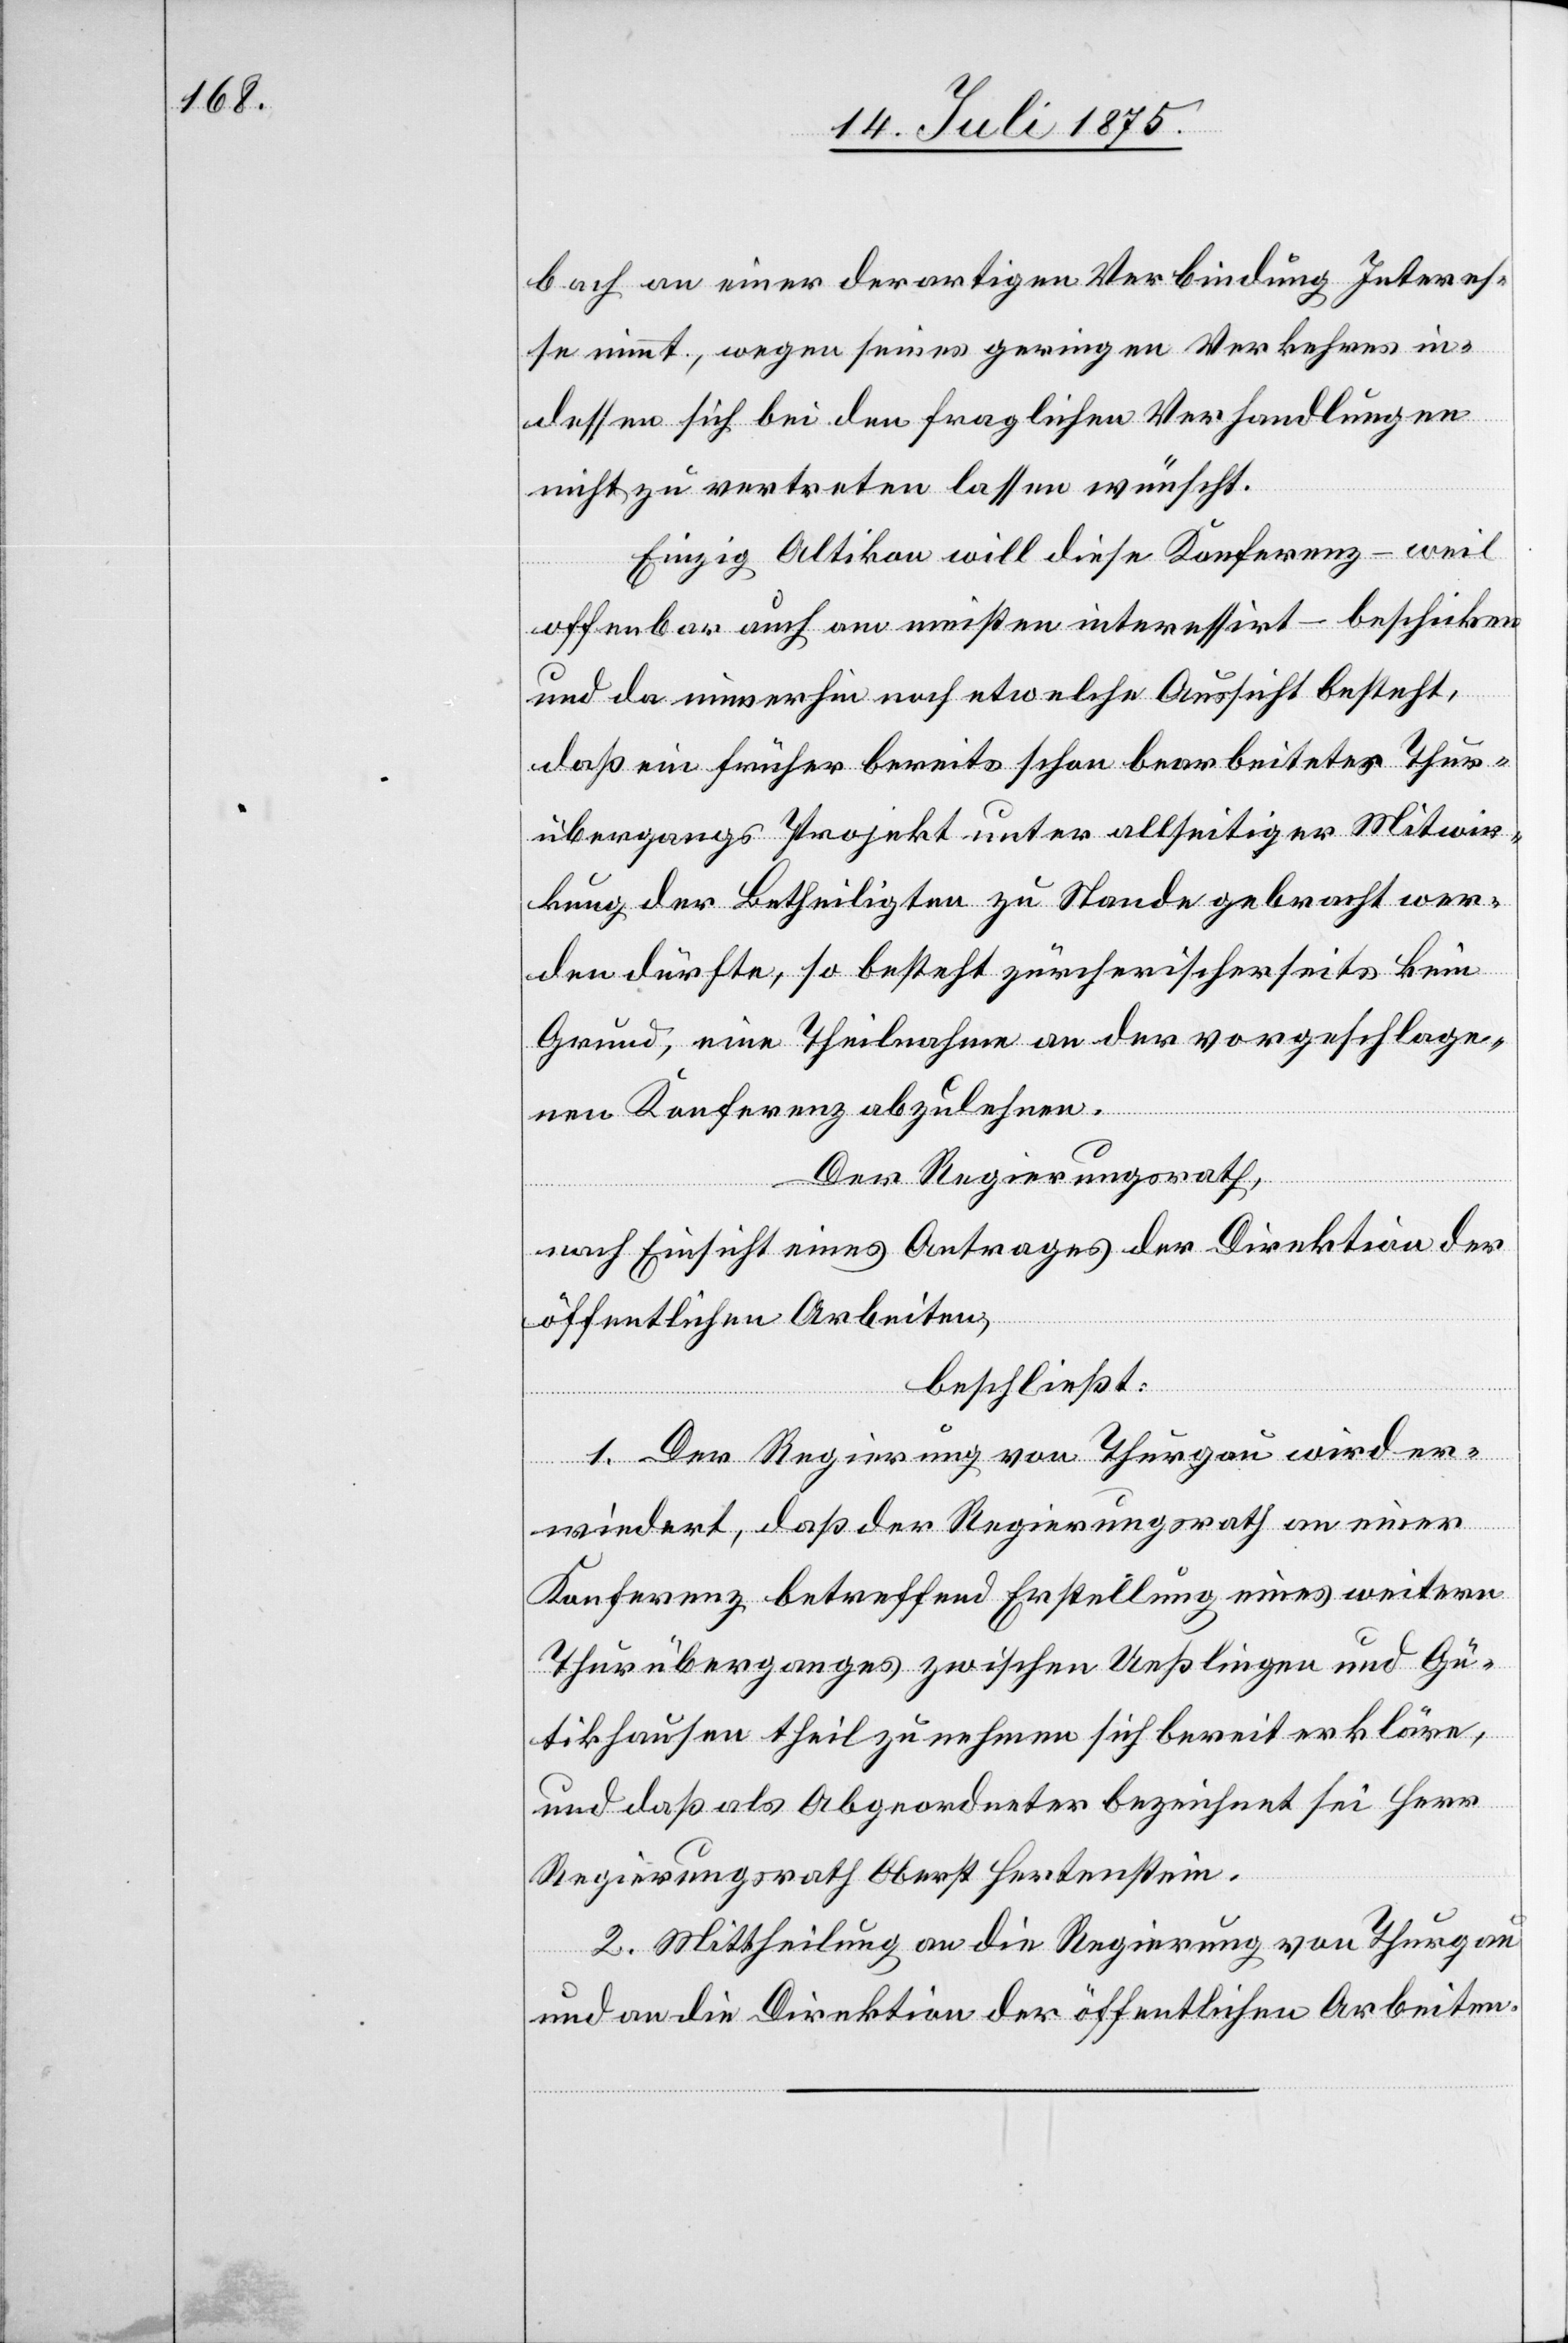
bach an einer derartigen Verbindung Interes¬
se nimmt, wegen seines geringen Verkehres in¬
dessen sich bei den fraglichen Verhandlungen
nicht zu vertreten lassen wünscht.
Einzig Altikon will diese Konferenz – weil
offenbar auch am meisten interessirt – beschicken
und da immerhin noch etwelche Aussicht besteht,
daß ein früher bereits schon bearbeitetes Thur¬
übergangs[-]Projekt unter allseitiger Mitwir¬
kung der Betheiligten zu Stande gebracht wer¬
den dürfte, so besteht zürcherischerseits kein
Grund, eine Theilnahme an der vorgeschlage¬
nen Konferenz abzulehnen.
Der Regierungsrath,
nach Einsicht eines Antrages der Direktion der
öffentlichen Arbeiten,
beschließt:
1. Der Regierung von Thurgau wird er¬
wiedert, daß der Regierungsrath an einer
Konferenz betreffend Erstellung eines weitern
Thurüberganges zwischen Ueßlingen und Gü¬
tikhausen theilzunehmen sich bereit erkläre,
und daß als Abgeordneter bezeichnet sei Herr
Regierungsrath Oberst Hertenstein.
2. Mittheilung an die Regierung von Thurgau
und an die Direktion der öffentlichen Arbeiten.